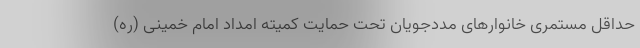
حداقل مستمری خانوارهای مددجویان تحت حمایت کمیته امداد امام خمینی (ره)